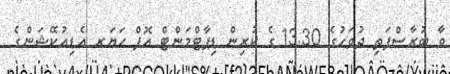
ވާ ބުރާސްފަތި ދުވަހުގެ 13.30 ގެ ކުރިން ޑިޕާޓްމަންޓް އޮފް ހަޔަރ އެޑިއުކޭޝަންގެ